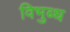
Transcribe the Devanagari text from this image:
विभुब्ध